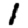
Digit: 1